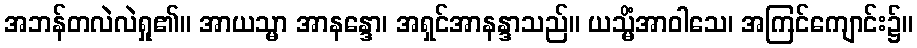
အဘန်တလဲလဲရှု၏။ အာယသ္မာ အာနန္ဒော၊ အရှင်အာနန္ဒာသည်။ ယသ္မိံအာဝါသေ၊ အကြင်ကျောင်း၌။